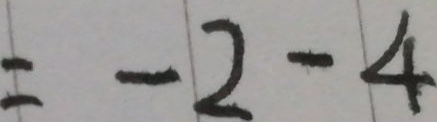
= - 2 - 4